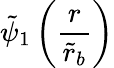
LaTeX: \tilde{\psi}_{1}\left(\frac{r}{\tilde{r}_{b}}\right)